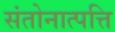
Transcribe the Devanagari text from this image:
संतोनात्पत्ति